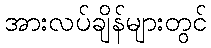
အားလပ်ချိန်များတွင်